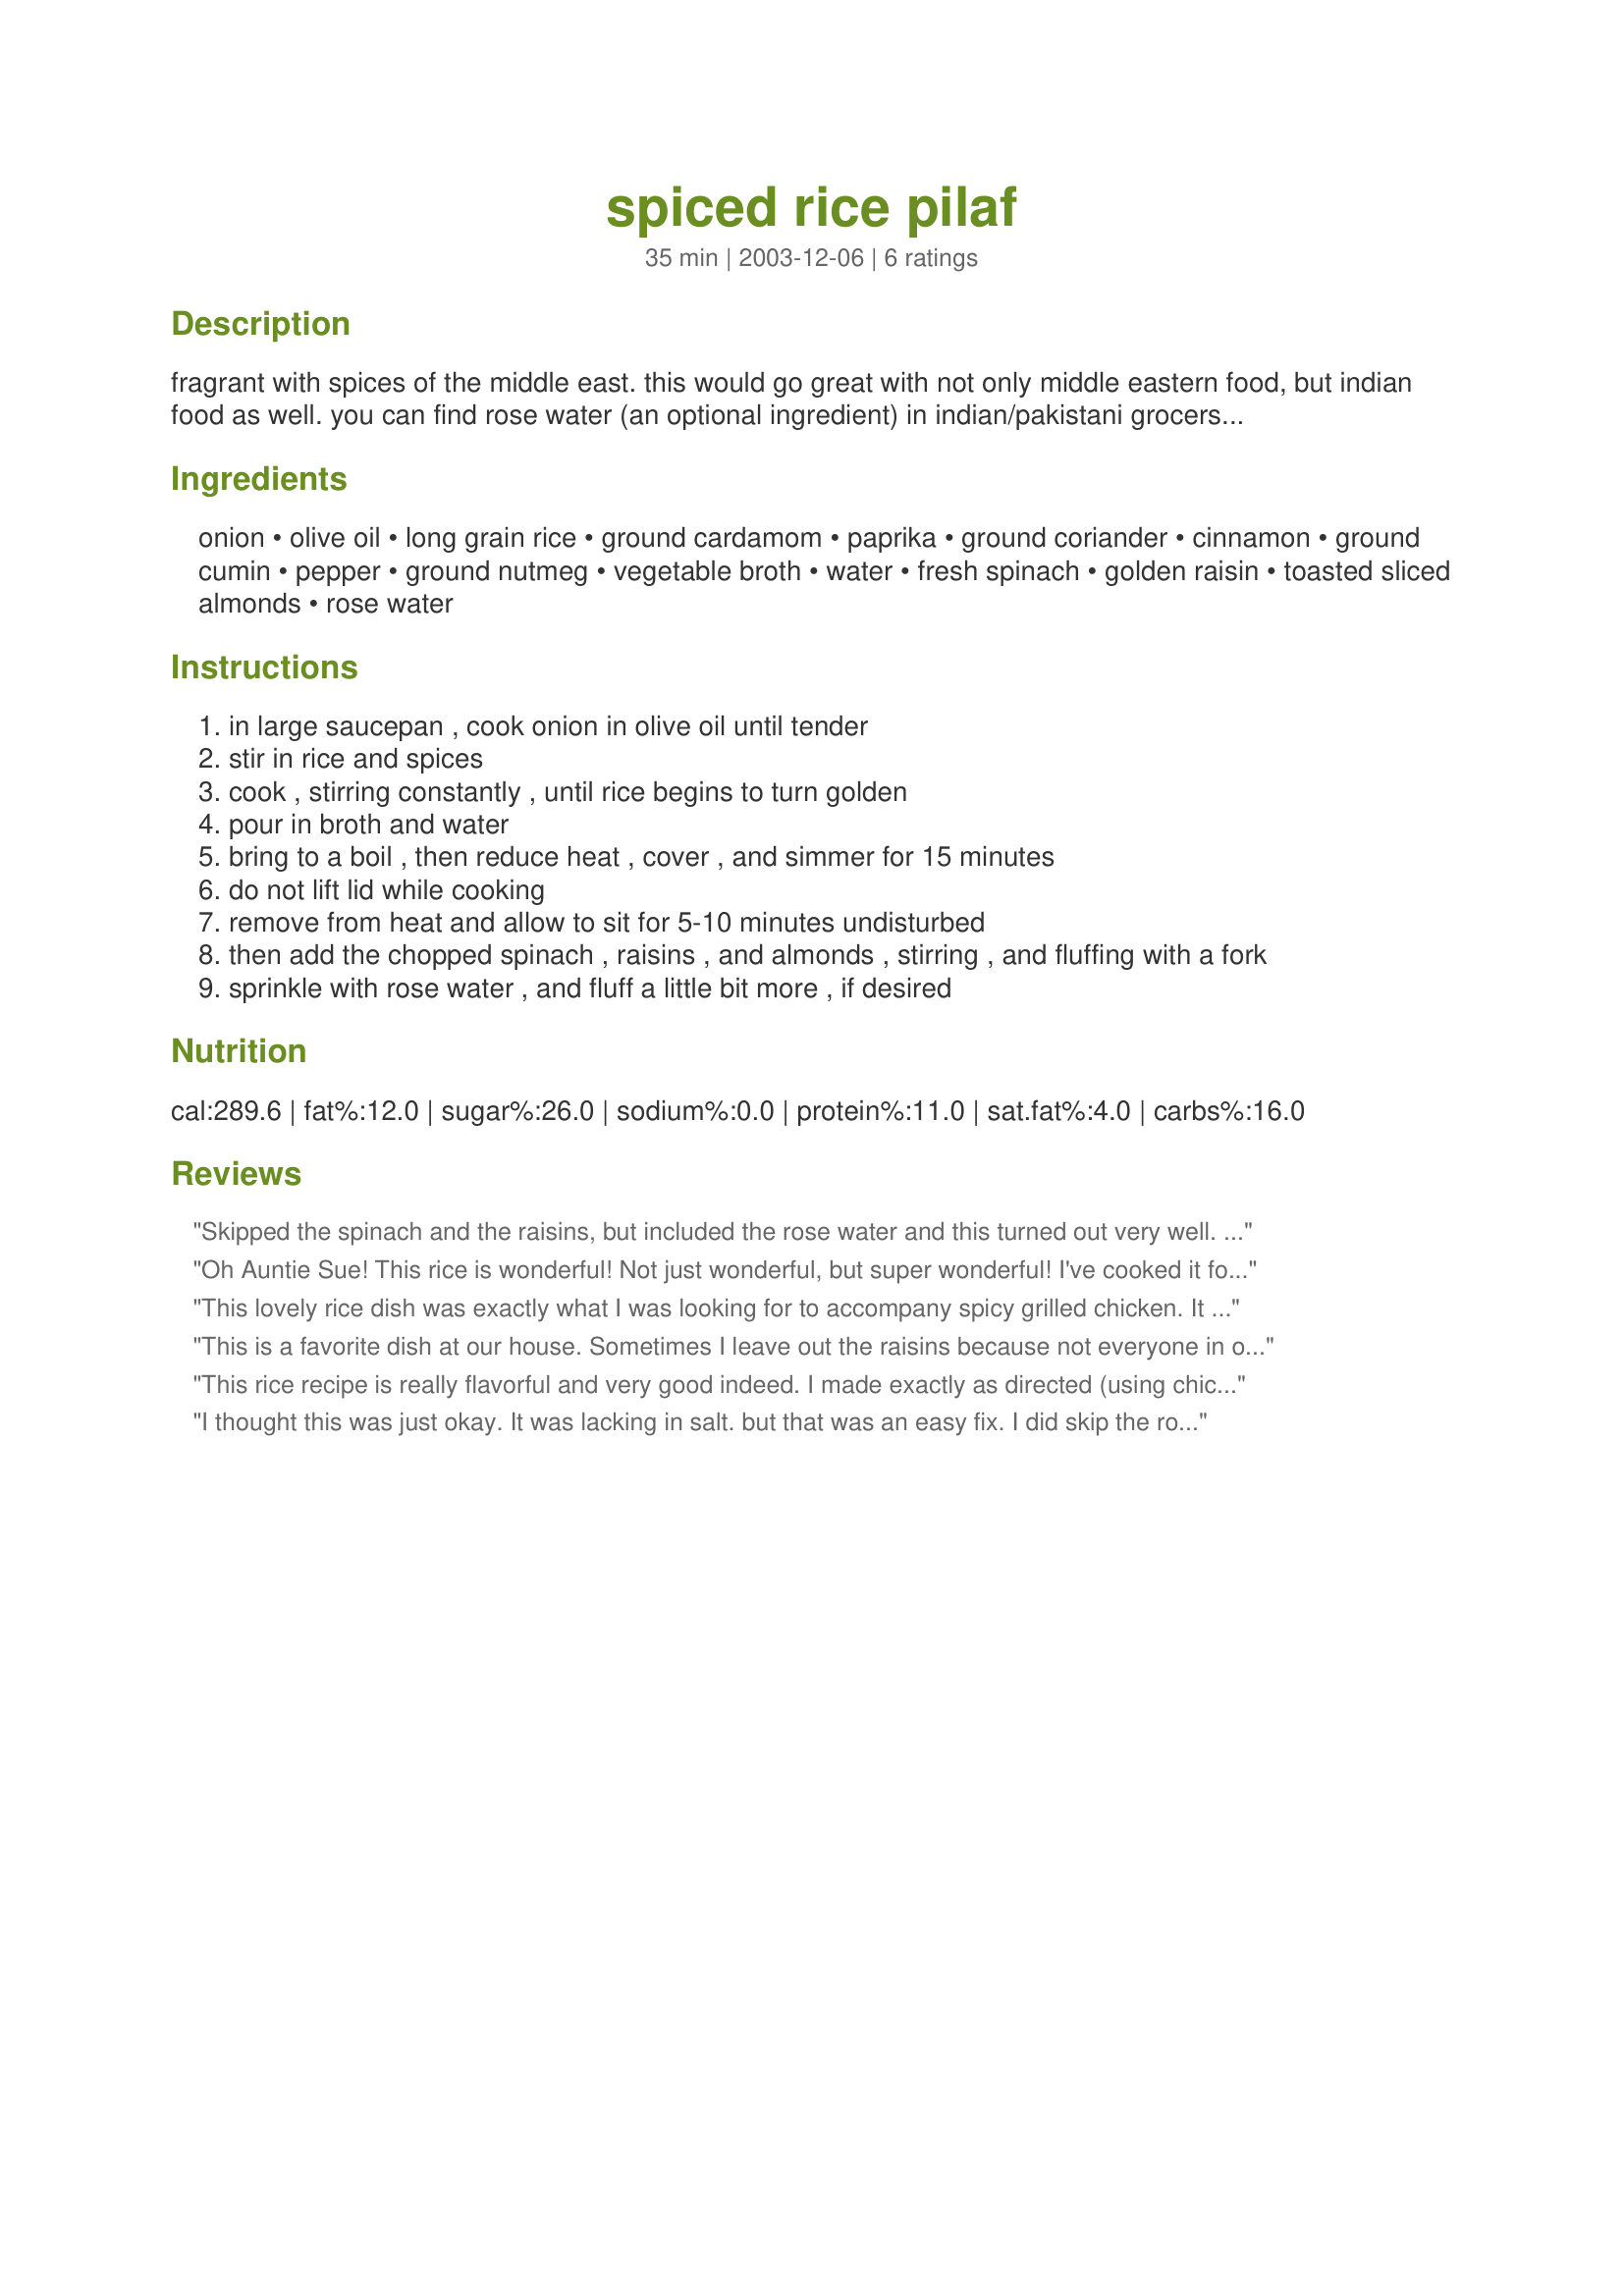
spiced rice pilaf
Preparation time: 35 minutes

fragrant with spices of the middle east. this would go great with not only middle eastern food, but indian food as well. you can find rose water (an optional ingredient) in indian/pakistani grocers, as well as some pharmacies.

Ingredients:
onion, olive oil, long grain rice, ground cardamom, paprika, ground coriander, cinnamon, ground cumin, pepper, ground nutmeg, vegetable broth, water, fresh spinach, golden raisin, toasted sliced almonds, rose water

Steps:
in large saucepan , cook onion in olive oil until tender
stir in rice and spices
cook , stirring constantly , until rice begins to turn golden
pour in broth and water
bring to a boil , then reduce heat , cover , and simmer for 15 minutes
do not lift lid while cooking
remove from heat and allow to sit for 5-10 minutes undisturbed
then add the chopped spinach , raisins , and almonds , stirring , and fluffing with a fork
sprinkle with rose water , and fluff a little bit more , if desired

Reviews:
Skipped the spinach and the raisins, but included the rose water and this turned out very well. I couldn't single out any one taste except for the cinnamon. The next time I will cut the cinnamon down to 1/8 tsp. Thank you Sue for a nice, spicy rice!
Oh Auntie Sue! This rice is wonderful! Not just wonderful, but super wonderful! I've cooked it for dinner tonight and bro and me enjoyed it to the fullest! I used black pepper as a substitute for paprika(because we can't take too much spice) and cinnamon for nutmeg(because I did not have it on hand). I prepared the broth at home using 2 cubes of Maggi vegetable broth with onions in 1 3/4 cups of water. I boiled it until the cubes were completely dissolved and then allowed it to simmer for a few minutes before using it in the recipe. I did substitute the raisins with greenpeas(because my bro isn't a big raisin fan). The rose water was an awesome addition to this pulao. It imparted an awesome flavour and aroma to this excellent creation! I did have to leave out the almonds too, because I didn't have any on hand. This is a fantastic dish you know.. I'd give anything to have had this on flight from Oman to America;-)! Thank you for sharing! Merry X'mas!
This lovely rice dish was exactly what I was looking for to accompany spicy grilled chicken. It was full of flavour and much appreciated by my family. I recommend making this unique dish using the rosewater, as it really adds to the taste. Rosewater can be found in most larger supermarkets everywhere. This recipe is a real keeper!
This is a favorite dish at our house. Sometimes I leave out the raisins because not everyone in our family likes raisins. We like to serve this dish with lamb. Yummy!
This rice recipe is really flavorful and very good indeed. I made exactly as directed (using chicken broth) for 2 servings. Don't be put off by the long list of ingredients, as it's mostly spices that are already in your pantry. It's also very simple to prepare. Our roses are not in bloom so we did without the rose water. Served with Recipe #321734 and it was perfect. Thanks for sharing the recipe. :)
I thought this was just okay. It was lacking in salt. but that was an easy fix. I did skip the rose water... and it sure did taste like it was missing something. i think i'll have to try this again once i buy some rose water... and i will re-rate.
